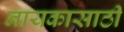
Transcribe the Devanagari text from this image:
नायकासाठी